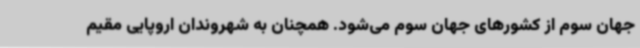
جهان سوم از کشورهای جهان سوم می‌شود. همچنان به شهروندان اروپایی مقیم